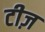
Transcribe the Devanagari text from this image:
टीज़